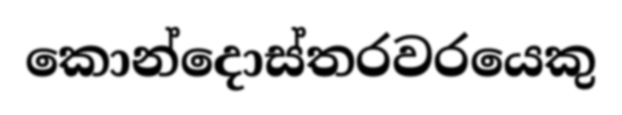
කොන්දොස්තරවරයෙකු